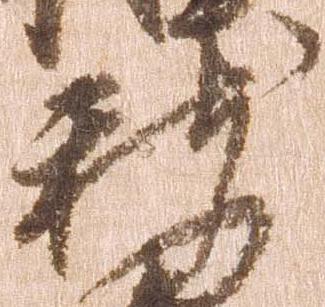
新